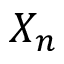
X _ { n }